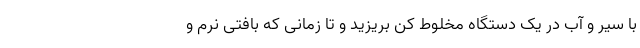
با سیر و آب در یک دستگاه مخلوط کن بریزید و تا زمانی که بافتی نرم و